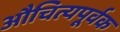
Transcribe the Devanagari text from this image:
औचित्यपूर्वक